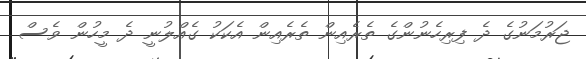
ޖަރުމަނުގެ ދެ ފިރިހެނުންގެ ތެރެއިން ތެރެއިން އެކަކު ގެއްލުނީ ދެ މީހުން ވެސް